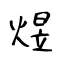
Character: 煜